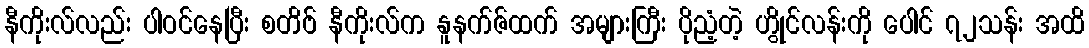
နီကိုးလ်လည်း ပါဝင်နေပြီး စတိဗ် နီကိုးလ်က နူနက်ဇ်ထက် အများကြီး ပိုညံ့တဲ့ ဟွိုင်လန်းကို ပေါင် ၇၂သန်း အထိ